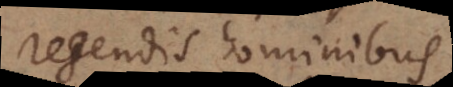
regendis hominibus.